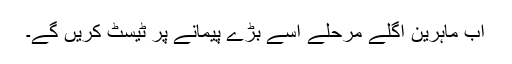
اب ماہرین اگلے مرحلے اسے بڑے پیمانے پر ٹیسٹ کریں گے۔